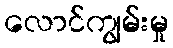
လောင်ကျွမ်းမှု